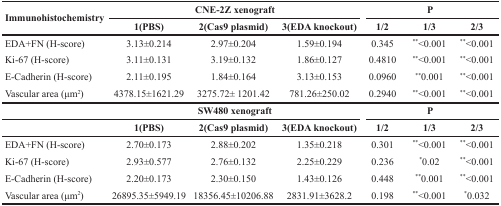
| <ROWSPAN=2> Immunohistochemistry | <COLSPAN=3> CNE-2Z xenograft | <COLSPAN=3> P |
 | 1(PBS) | 2(Cas9 plasmid) | 3(EDA knockout) | 1/2 | 1/3 | 2/3 |
 | --- | --- | --- | --- | --- | --- | --- |
 | EDA+FN (H-score) | 3.13±0.214 | 2.97±0.204 | 1.59±0.194 | 0.345 | **<0.001 | **<0.001 |
 | Ki-67 (H-score) | 3.11±0.131 | 3.19±0.132 | 1.86±0.127 | 0.4810 | **<0.001 | **<0.001 |
 | E-Cadherin (H-score) | 2.11±0.195 | 1.84±0.164 | 3.13±0.153 | 0.0960 | **0.001 | **<0.001 |
 | Vascular area (μm2) | 4378.15±1621.29 | 3275.72± 1201.42 | 781.26±250.02 | 0.2940 | **<0.001 | **<0.001 |
 |  | <COLSPAN=3> SW480 xenograft | <COLSPAN=3> P |
 |  | 1(PBS) | 2(Cas9 plasmid) | 3(EDA knockout) | 1/2 | 1/3 | 2/3 |
 | EDA+FN (H-score) | 2.70±0.173 | 2.88±0.202 | 1.35±0.218 | 0.301 | **<0.001 | **<0.001 |
 | Ki-67 (H-score) | 2.93±0.577 | 2.76±0.132 | 2.25±0.229 | 0.236 | *0.02 | **<0.001 |
 | E-Cadherin (H-score) | 2.20±0.173 | 2.30±0.150 | 1.43±0.126 | 0.448 | **0.001 | **<0.001 |
 | Vascular area (μm2) | 26895.35±5949.19 | 18356.45±10206.88 | 2831.91±3628.2 | 0.198 | **<0.001 | *0.032 |